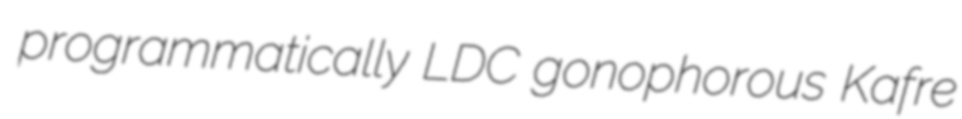
programmatically LDC gonophorous Kafre